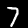
Label: 7